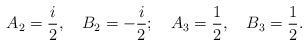
LaTeX: \begin{align*} A_2=\frac{i}{2}, \quad B_2=-\frac{i}{2};\quad A_3=\frac{1}{2}, \quad B_3=\frac{1}{2}.\end{align*}